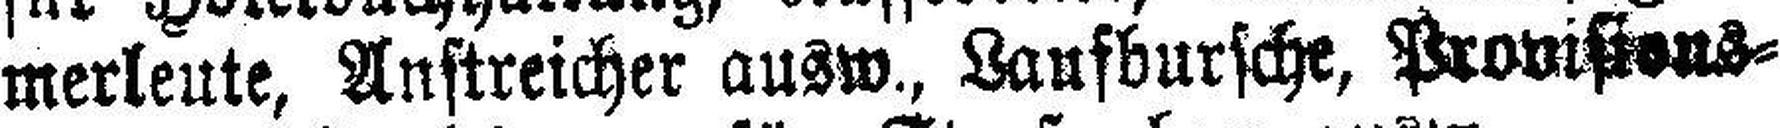
merleute, Anstreicher ausw., Laufbursche, Provisions¬